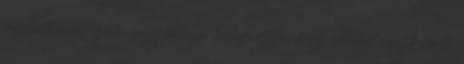
megtartásáról szóló jegyzõkönyv tartalmazza: a az oktatást végzõ nevét,